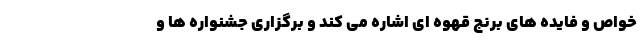
خواص و فایده های برنج قهوه ای اشاره می کند و برگزاری جشنواره ها و